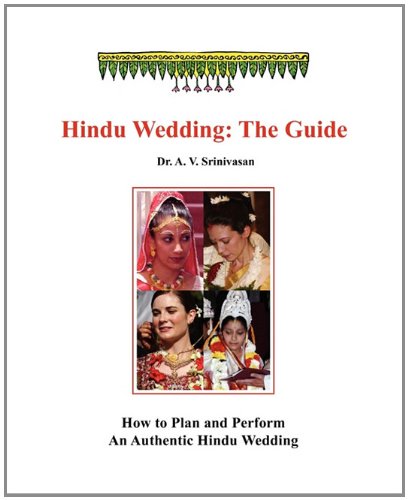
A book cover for Hindu Wedding: The Guide; A. V. Srinivasan; Religion & Spirituality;